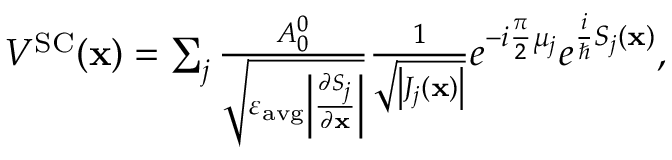
\begin{array} { r } { V ^ { \mathrm { S C } } ( \mathbf { x } ) = \sum _ { j } \frac { A _ { 0 } ^ { 0 } } { \sqrt { \varepsilon _ { \mathrm { a v g } } \left| \frac { \partial S _ { j } } { \partial \mathbf { x } } \right| } } \frac { 1 } { \sqrt { \left| J _ { j } ( \mathbf { x } ) \right| } } e ^ { - i \frac { \pi } { 2 } \mu _ { j } } e ^ { \frac { i } { \hbar } S _ { j } ( \mathbf { x } ) } , } \end{array}